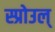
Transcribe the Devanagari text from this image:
स्प्रोउल्